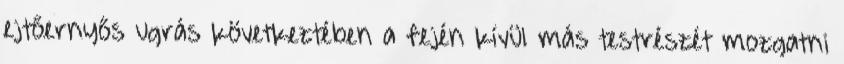
ejtőernyős ugrás következtében a fején kívül más testrészét mozgatni